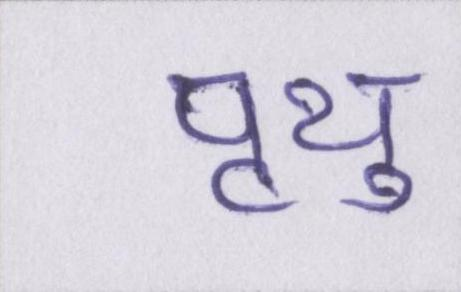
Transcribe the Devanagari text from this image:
पृथु